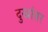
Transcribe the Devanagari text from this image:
दुखांवर